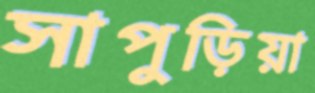
সাপুড়িয়া